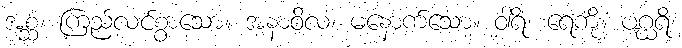
အစ္ဆံ၊ ကြည်လင်စွာသော။ အနာဝိလံ၊ မနောက်သော။ ဝါရိံ၊ ရေကို။ ပဂ္ဃရိ၊